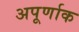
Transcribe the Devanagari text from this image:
अपूर्णाक